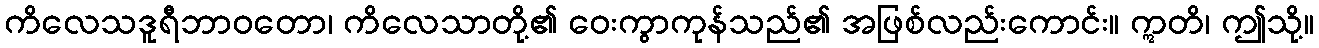
ကိလေသဒူရီဘာဝတော၊ ကိလေသာတို့၏ ဝေးကွာကုန်သည်၏ အဖြစ်လည်းကောင်း။ ဣတိ၊ ဤသို့။